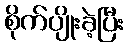
စိုက်ပျိုးခဲ့ပြီး